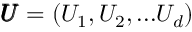
\pmb { U } = ( U _ { 1 } , U _ { 2 } , . . . U _ { d } )